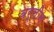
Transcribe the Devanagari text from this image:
बर्लीन